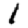
Digit: 1